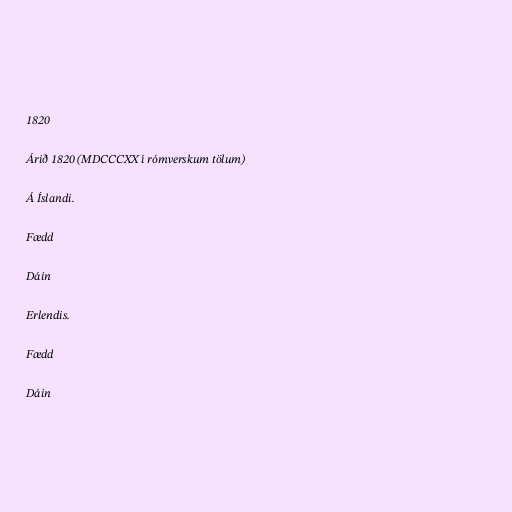
1820

Árið 1820 (MDCCCXX í rómverskum tölum)

Á Íslandi.

Fædd

Dáin

Erlendis.

Fædd

Dáin